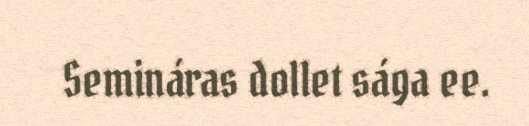
Semináras dollet sága ee.